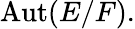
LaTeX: \operatorname{Aut}(E/F).